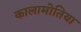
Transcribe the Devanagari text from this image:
कालामोतिया